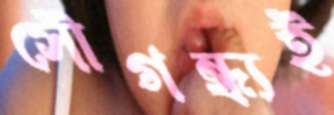
সৌগন্ধ্যই